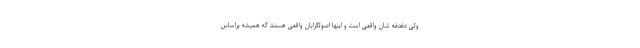
ولی دغدغه شان واقعی است و اینها اصولگرایان واقعی هستند که همیشه براساس